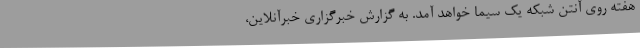
هفته روی آنتن شبکه یک سیما خواهد آمد. به گزارش خبرگزاری خبرآنلاین،